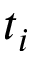
t _ { i }